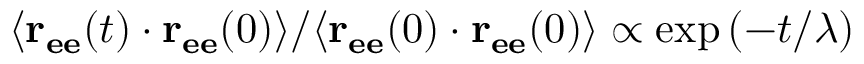
{ \langle \mathbf { r _ { e e } } ( t ) \cdot \mathbf { r _ { e e } } ( 0 ) \rangle } / { \langle \mathbf { r _ { e e } } ( 0 ) \cdot \mathbf { r _ { e e } } ( 0 ) \rangle } \propto \exp \left( - t / \lambda \right)